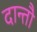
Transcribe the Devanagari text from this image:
दान्तौ